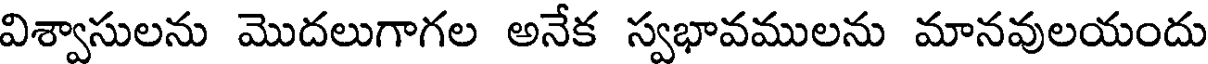
విశ్వాసులను మొదలుగాగల అనేక స్వభావములను మానవులయందు